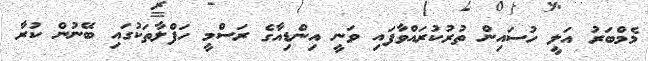
މެމްބަރު އަލީ ހުސައިން ތުރުކުރައްވާފައި ވަނީ އިންޑިއާގެ ރަސްމީ ހަފްލާތަކުގައި ބޭނުން ކުރާ